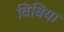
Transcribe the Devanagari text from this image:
विबिया